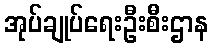
အုပ်ချုပ်ရေးဦးစီးဌာန